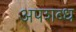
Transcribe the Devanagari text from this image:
अपशब्ध